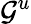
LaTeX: \mathcal{G}^{u}